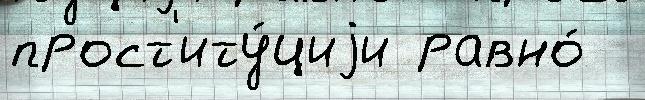
прост'иту́циjи равно́